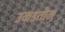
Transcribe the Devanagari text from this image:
उकडतील